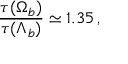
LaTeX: \frac { \tau ( \Omega _ { b } ) } { \tau ( \Lambda _ { b } ) } \simeq 1 . 3 5 \, ,